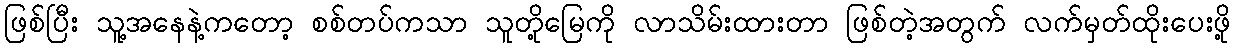
ဖြစ်ပြီး သူ့အနေနဲ့ကတော့ စစ်တပ်ကသာ သူတို့မြေကို လာသိမ်းထားတာ ဖြစ်တဲ့အတွက် လက်မှတ်ထိုးပေးဖို့